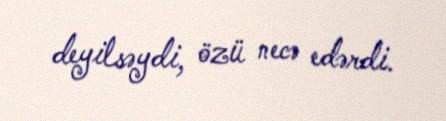
deyilsəydi, özü necə edərdi.